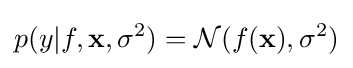
p(y|f,\mathbf {x} ,\sigma ^{2})={\mathcal {N}}(f(\mathbf {x} ),\sigma ^{2})